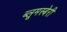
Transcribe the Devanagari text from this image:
ब्लूमस्बेरी